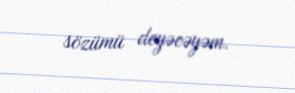
sözümü deyəcəyəm.